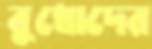
বুধোদের